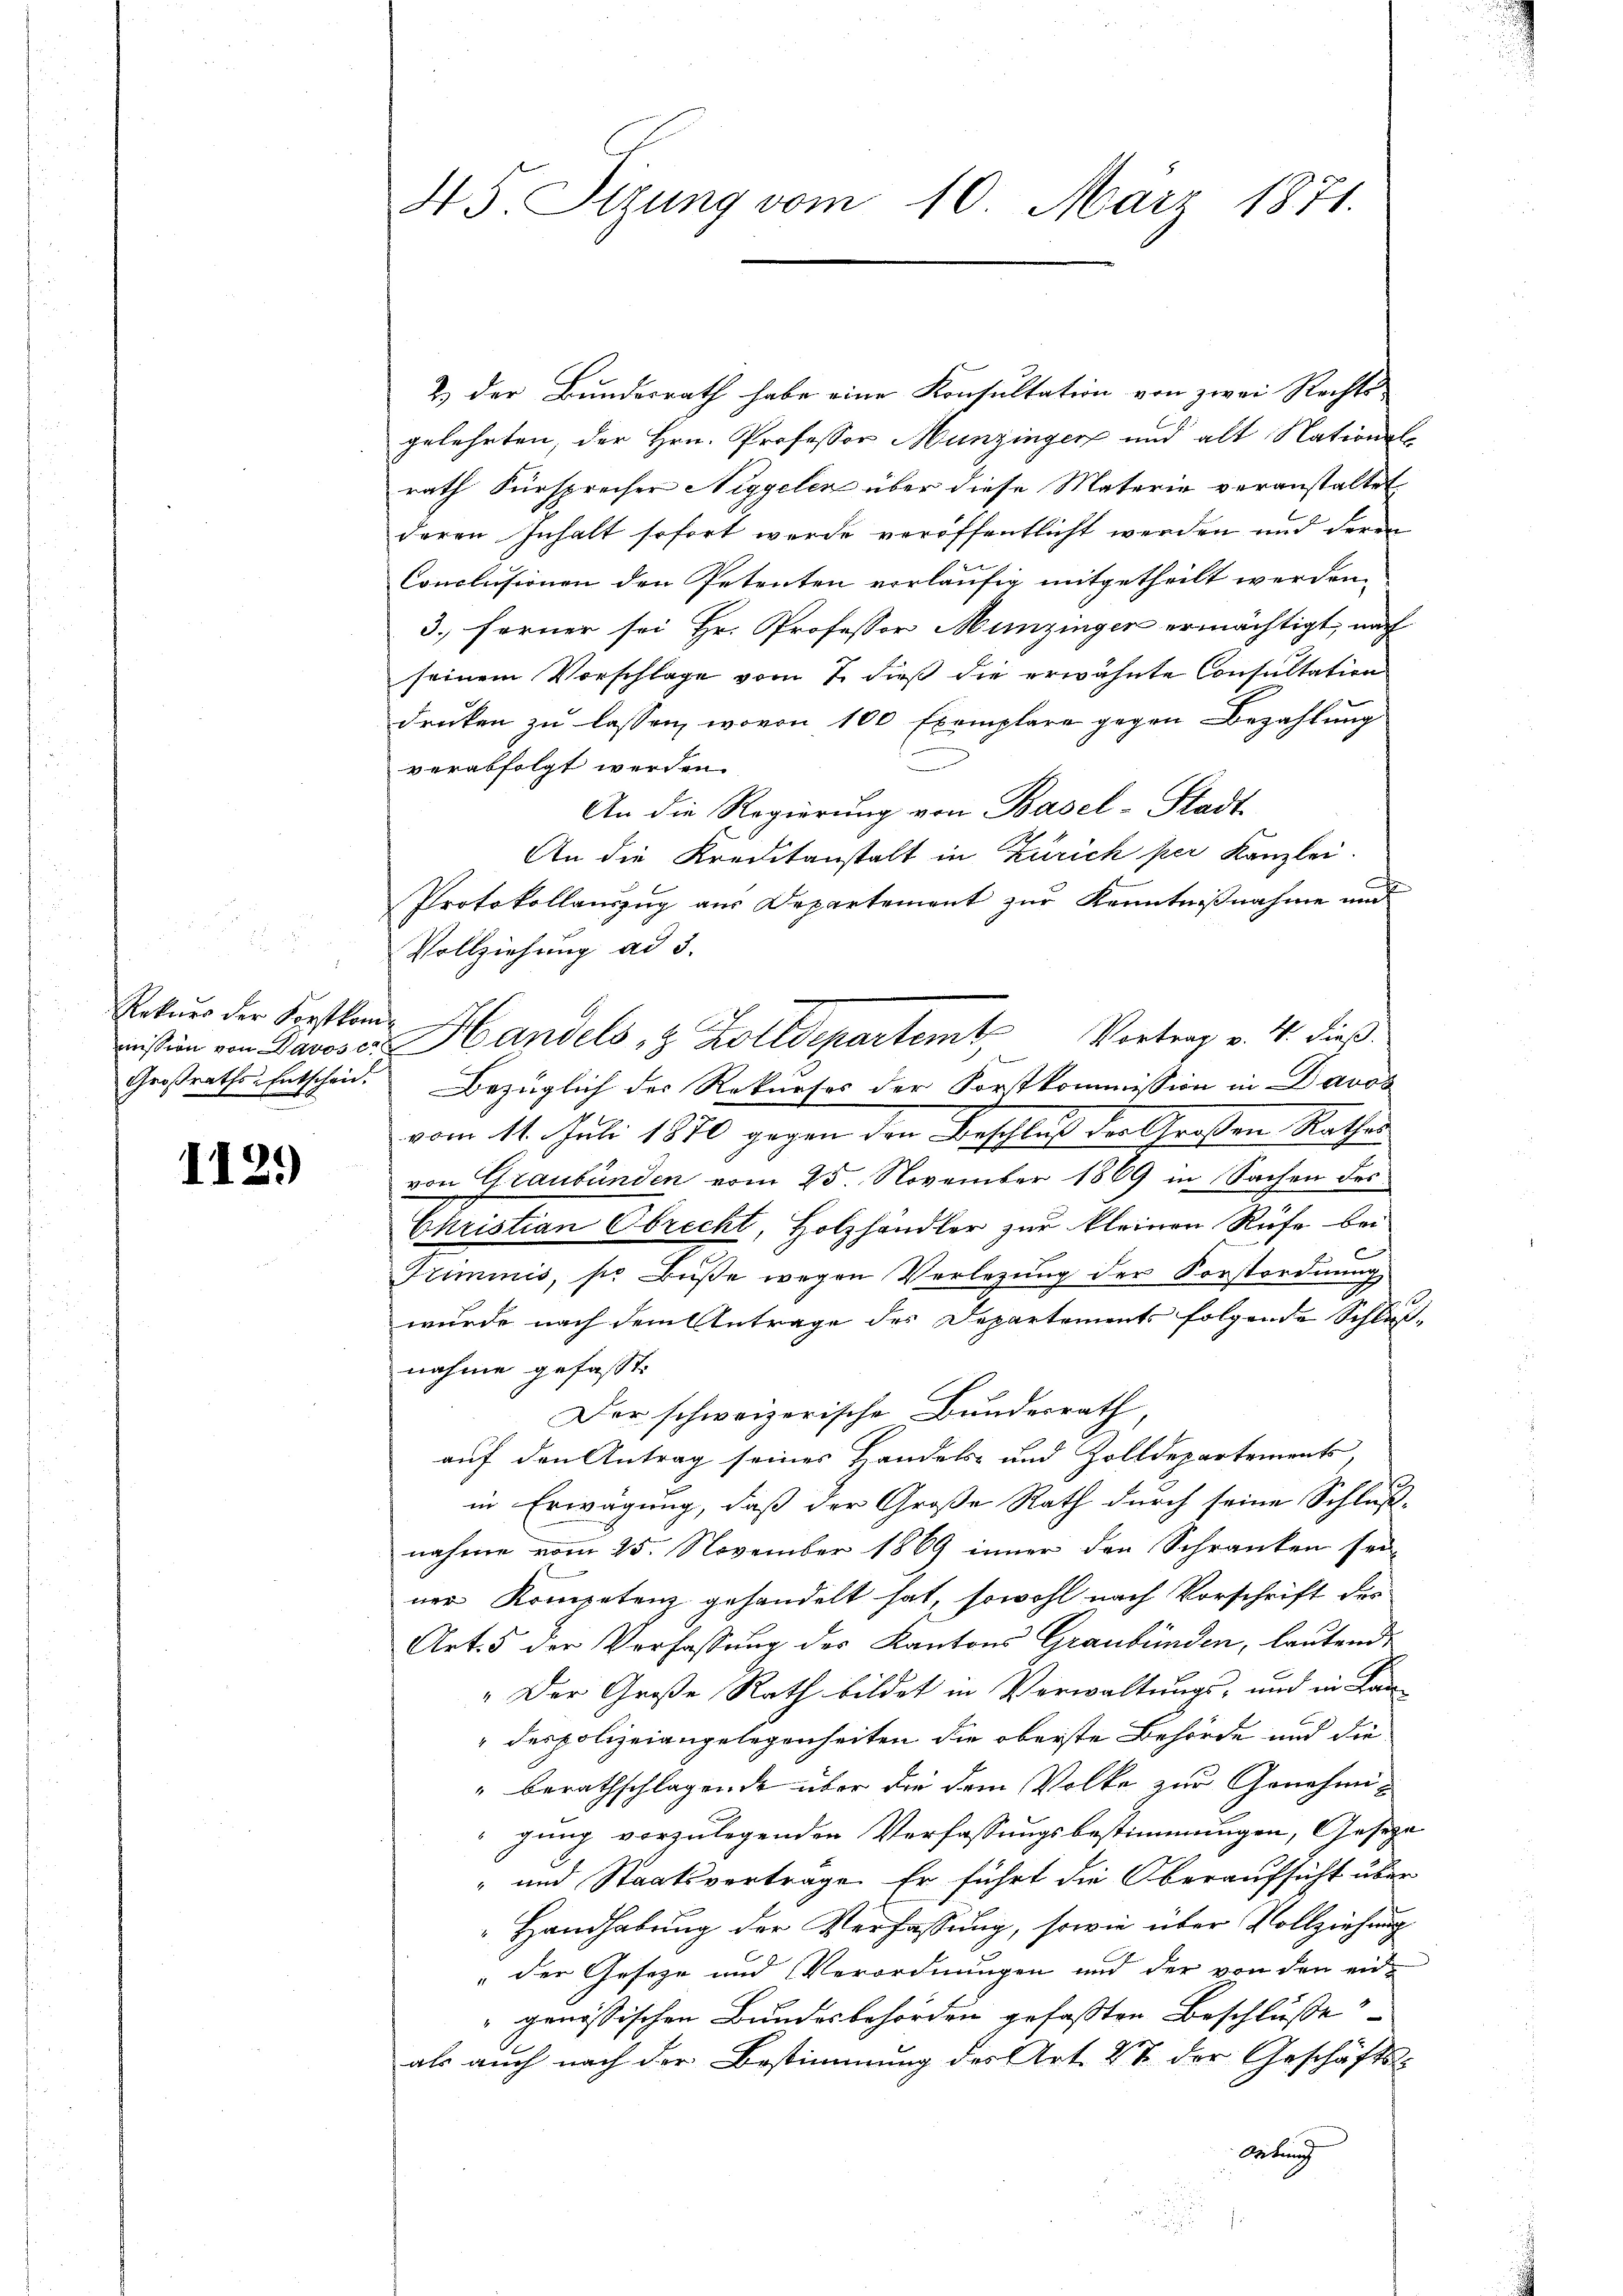
.
Rekurs der Forstkom¬
Großraths-Entscheid.

112.

45. Sitzung vom 10. März 1871.

2.) Der Bundesrath habe eine Konsultation von zwei Rechts-
gelehrten, der Hrn. Professor Munzinger und alt Nationsl
rath Fürspreiser Niggelen über diese Materie veranstaltet
deren Inhalt sofort werde veröffentlicht werden und deren
Conclusionen den Petenten vorläufig mitgetheilt werden.
3. ferner sei Hr. Professor Munzingen ermächtigt, nach
seinem Vorschlage vom 7. dieß die erwähnte Consultation
druken zu lassen, wovon 100 Exemplare gegen Bezahlung
verabfolgt werden.
An die Regierung von Basel-Stadt
An die Kreditanstalt in Zürich per Kanzlei.
Protokollauszug aus Departement zur Kenntnißnahme und
Vollziehung ad 3.
eisin von Davoser Handels & Zolldepartemt Vortrag v. 4. dieß.
Bezüglich der Rekurses der Forstkommission in Davos
vom 14. Juli 1870 gegen den Beschluß der Großen Rathes
von Graubünden vom 25. November 1869 in Sachen des
Christian Obrecht, Holzhändler zur kleinen Rufe bei
Triminis, so Buße wegen Verlegung der Forstordnung
wurde nach dem Antrage des Departements folgende Schluß-
nahme gefasst.
Der schweizerische Bundesrath,
auf den Antrag seiner Handels- und Zolldepartements,
in Erwägung, daß der Große Rath durch seine Schluß-
nahme vom 25. November 1869 inner den Schranken sei
ner Kompetenz gehandelt hat, sowohl nach Vorschrift des
Art. 5 der Verfassung des Kantons Graubünden, lautende
" Der Große Rath bildet in Verwaltungs- und in Lan
" des polizeiangelegenheiten die oberste Behörde und die
" berathschlagende über die dem Volke zur Genehmigung vorzulegenden Verfassungsbestimmungen, Gesetze
" und Staatsvertrage. Er führt die Oberaufsicht über
Handhabung der Verfassung, sowie über Vollziehung
" der Geseze und Verordnungen und der von den ein¬
" genössischen Bundesbehörden gefaßten Beschlüße
als auch nach der Bestimmung des Art. 27 der Geschäfts-
Artung